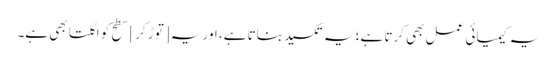
یہ کیمیائی عمل بھی کرتا ہے؛ یہ تکسید بناتا ہے، اور یہ [توڑ کر] سطح کو اگلتا بھی ہے۔